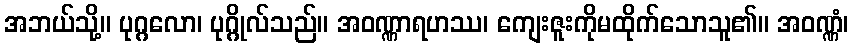
အဘယ်သို့။ ပုဂ္ဂလော၊ ပုဂ္ဂိုလ်သည်။ အဝဏ္ဏာရဟဿ၊ ကျေးဇူးကိုမထိုက်သောသူ၏။ အဝဏ္ဏံ၊